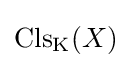
\mathrm {Cls} _{\text{K}}(X)